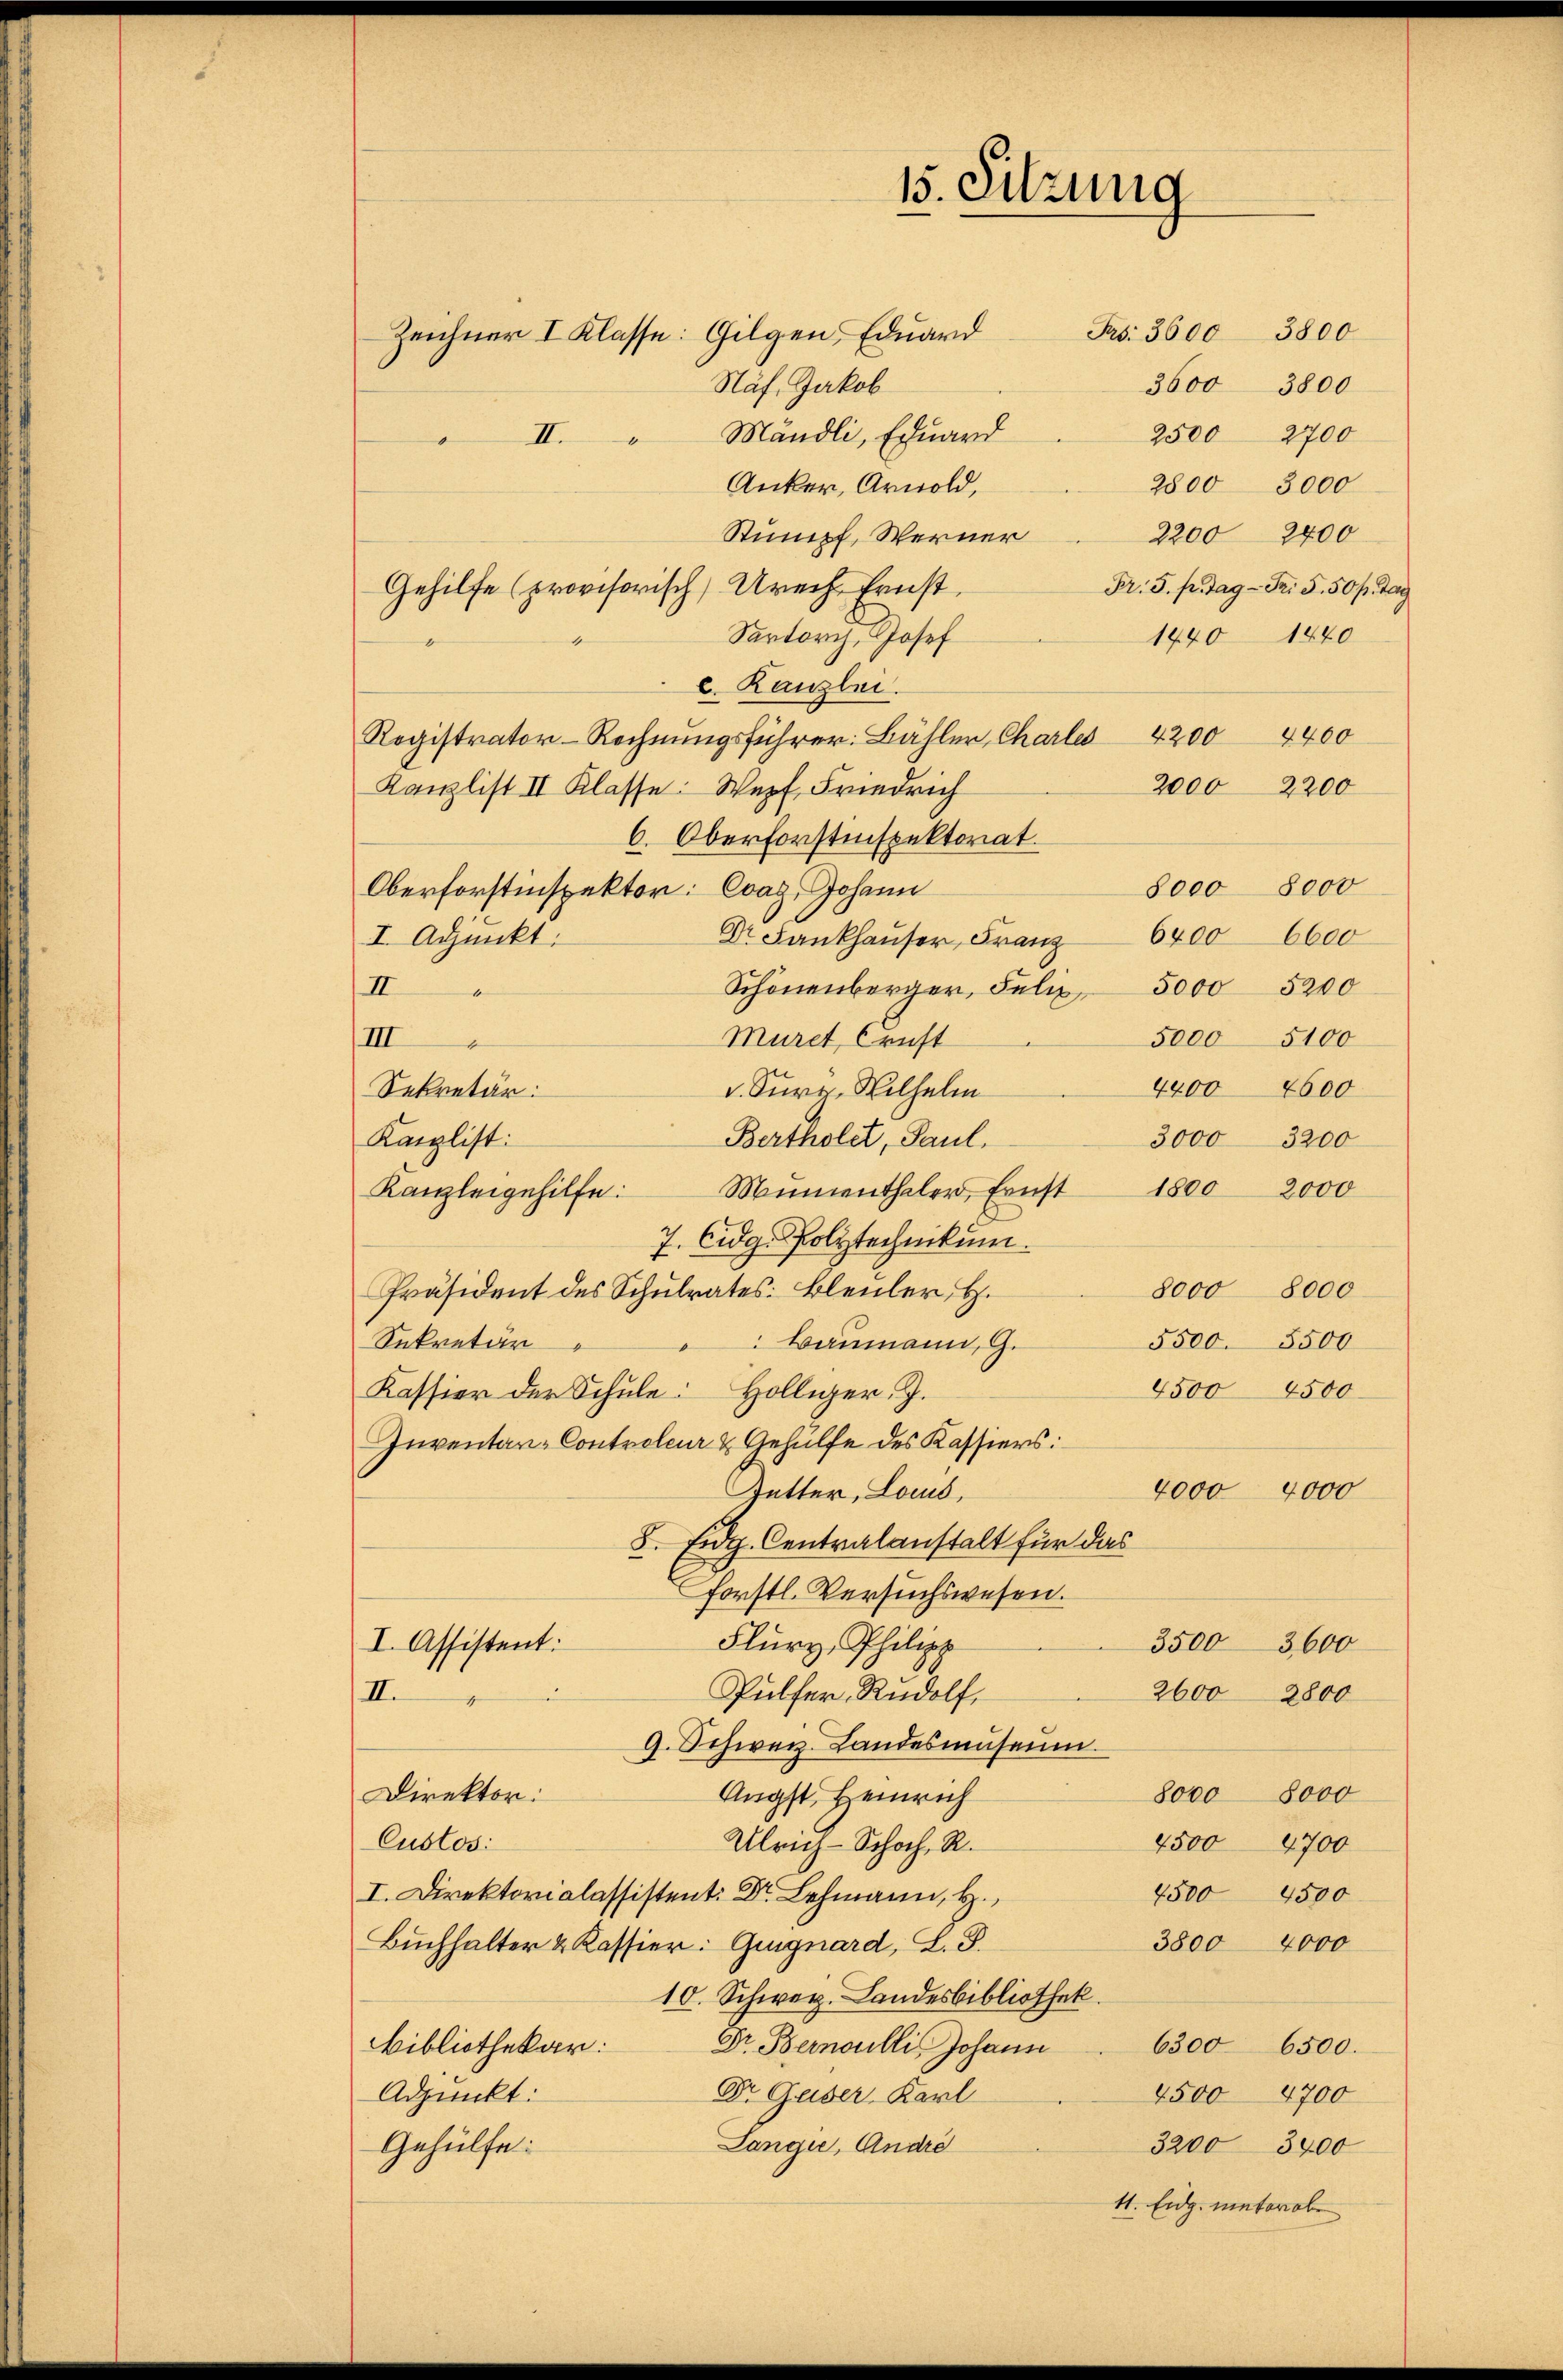
.
II.

15. Sitzung

Frs: 3600 3800
Zeichner I Klasse: Gilgen, Eduard
3600 3800
Näf. Jakob
Mändli, Eduard
2500 2700
2800 3000
Anker, Arnold,
2200 2400
Stumpf, Werner
Fr. 5. pr. Tag - Fr. 5. 50 pr. Tag
Gehilfe (provisorisch Urech Ernst.
Sartorch, Josef
1440 1440
c. Kanzlei.
4400
Registrator-Rechnungsführer: Bähler, Charle 4200
2000
2200
Kanzlist II Klasse. Wepf, Friedrich
6. Oberforstinspektorat.
8000 8000
Oberforstinspektor: Coaz, Johann
6400 6600
Dr. Fankhauser, Franz
I. Adjunkt.
Schönenberger, Felix 5000 5200
II
Muret Ernst
5,000 5100
III
4
4400 4600
v. Kurz, Wilhelm
Sekretär:
Bertholet, Paul.
3000 3200
Kanzlist:
Mimenthaler, Ernst 1800 2000
Kanzleigehilfe:
7. Eidg. Polytechnikum.
8000 8000
Präsident des Schulrates. Bleuler, H.
Baumann, G.
5500. 5500
Sekretär
4500 4500
Kassier der Schule: Hölliger. J.
Inventar-Controler & Gehülfe des Kassiers:
4000 4000
Tutter, Lois,
8. Eidg. Centralanstalt für das
forstl. Versuchswesen.
Flury, Philipp
I. Assistent:
3500 3600
2600
Pulfer, Rudolf.
2800
II.
4
9. Schweiz. Landesmuseum.
Direktor:
8000 8000
Angst, Heinrich
Custos:
4500 4700
Ulrich-Schoch, R.
2500
.
4500
3800 4000
Buchhalter & Kassier: Guignard, L. S.
10. Schweiz. Landesbibliothek.
Dr. Bernoulli Johann . 6300 6500.
Bibliothekar:
Dr Geiser Karl
Adjunkt:
4500
2700
Langie, Andre
3200 3400
Gehülfe.
41. Eidg. mater obe